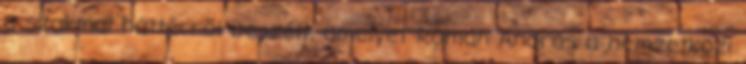
a szakmai háttérről beszélt, amelyet Román András a nemzetközi